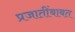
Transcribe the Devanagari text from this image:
प्रजातींबाबत